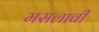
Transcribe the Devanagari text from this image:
मसलावी